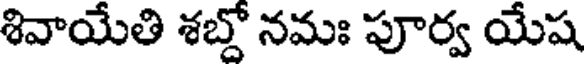
శివాయేతి శబ్దో నమః పూర్వ యేష